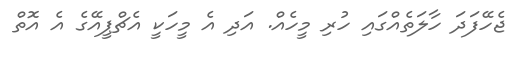
ޖެހޭފަދަ ހާލަތެއްގައި ހުރި މީހެއް. އަދި އެ މީހަކީ އެޗްޕީއޭގެ އެ އޮތް